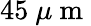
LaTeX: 45\ \mu\mathrm{~m~}